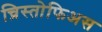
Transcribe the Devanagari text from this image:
च्रिस्तोफिअस